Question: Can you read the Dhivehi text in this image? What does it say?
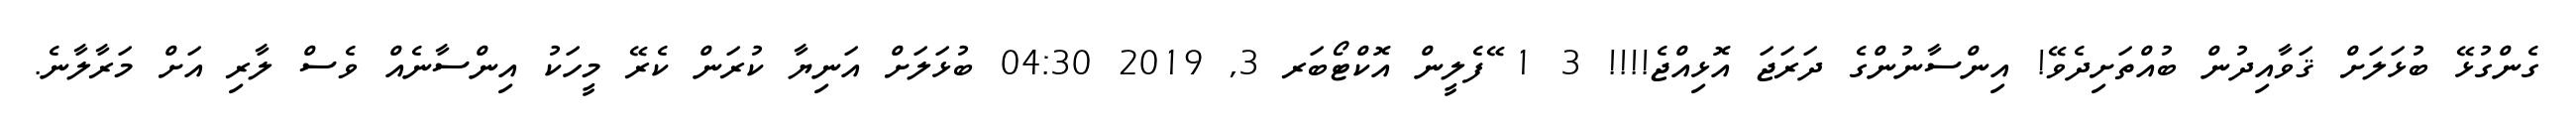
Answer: ގެންގުޅޭ ބުޅަލަށް ޤަވާއިދުން ބުއްތަށިދެވޭ! އިންސާނުންގެ ދަރަޖަ އޮޅިއްޖެ!!!! 3 1 ޭފެލީން އޮކްޓޯބަރ 3, 2019 04:30 ބުޅަލަށް އަނިޔާ ކުރަން ކެރޭ މީހަކު އިންސާނެއް ވެސް ލާރި އަށް މަރާލާނެ.